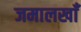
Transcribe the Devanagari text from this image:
जमालखाँ